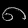
Digit: ၈